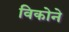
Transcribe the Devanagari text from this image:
विकोने